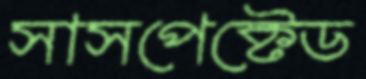
সাসপেক্টেড